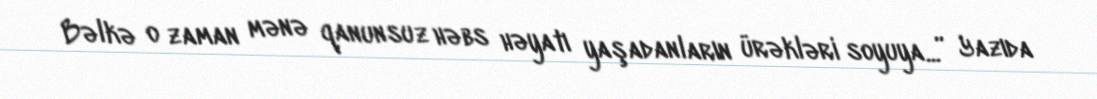
Bəlkə o zaman mənə qanunsuz həbs həyatı yaşadanların ürəkləri soyuya...” Yazıda